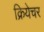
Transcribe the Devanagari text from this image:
क्रियेचर